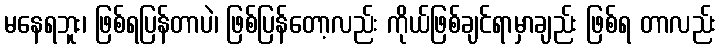
မနေရဘူး၊ ဖြစ်ရပြန်တာပဲ၊ ဖြစ်ပြန်တော့လည်း ကိုယ်ဖြစ်ချင်ရာမှာချည်း ဖြစ်ရ တာလည်း